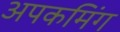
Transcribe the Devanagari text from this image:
अपकमिंग